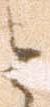
と